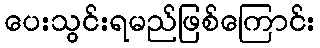
ပေးသွင်းရမည်ဖြစ်ကြောင်း